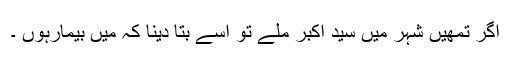
اگر تمھیں شہر میں سید اکبر ملے تو اُسے بتا دینا کہ میں بیمارہوں ۔